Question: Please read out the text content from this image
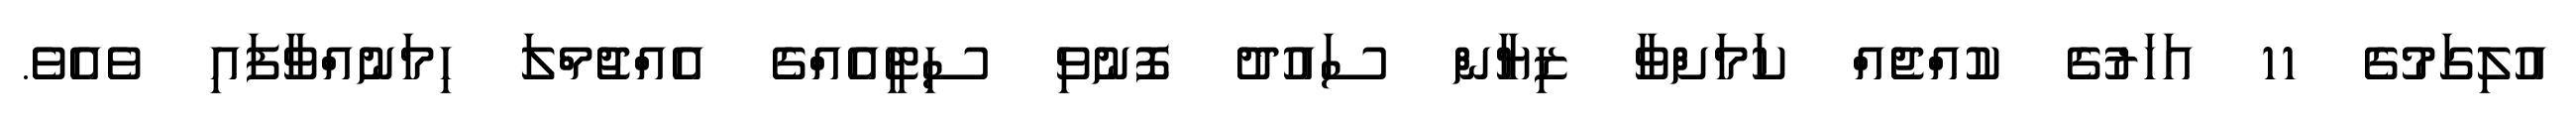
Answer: އުލިގަމުގެ 11 އަހަރުގެ ކުއްޖެއް ކަމަށްވާ ޒިޔާން ސައުދު ފޮނުވި ސިޓީއެއްގެ އެއްޖުމްލަ ހިމަނުއްވާފައި ވެއެވެ.